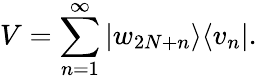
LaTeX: V=\sum_{n=1}^{\infty}|w_{2N+n}\rangle\langle v_{n}|.